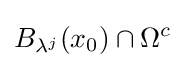
B_{\lambda ^{j}}(x_{0})\cap \Omega ^{c}